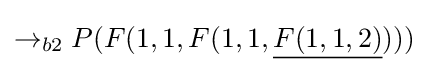
\rightarrow _{b2}P(F(1,1,F(1,1,{\underline {F(1,1,2)}})))